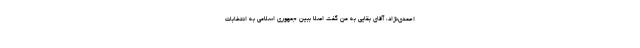
احمدی‌نژاد، آقای بقایی به من گفت اصلا ببین جمهوری اسلامی به انتخابات